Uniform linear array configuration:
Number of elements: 8
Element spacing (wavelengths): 0.75
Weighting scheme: cosine
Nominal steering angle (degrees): -15
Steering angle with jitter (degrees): -14.006
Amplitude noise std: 0.05
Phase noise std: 0.05

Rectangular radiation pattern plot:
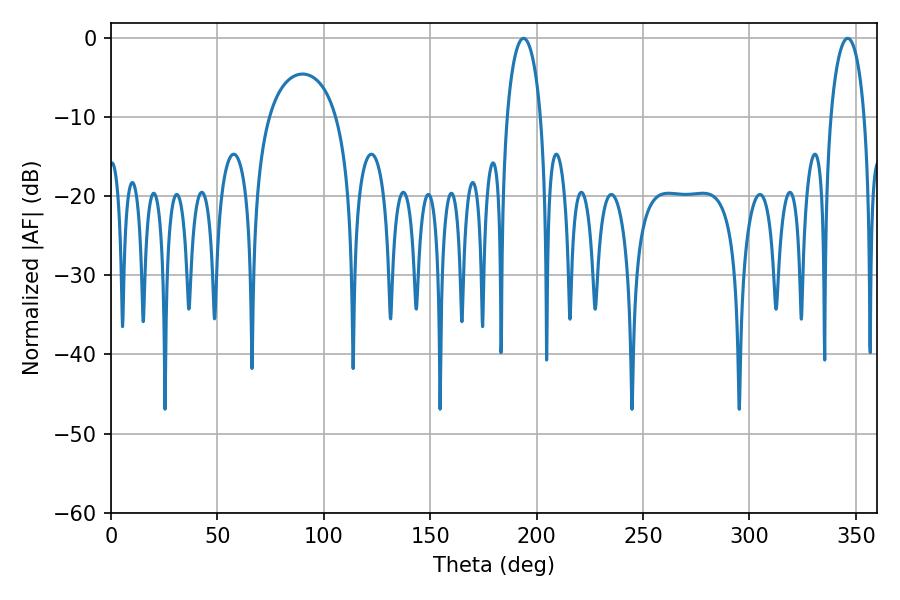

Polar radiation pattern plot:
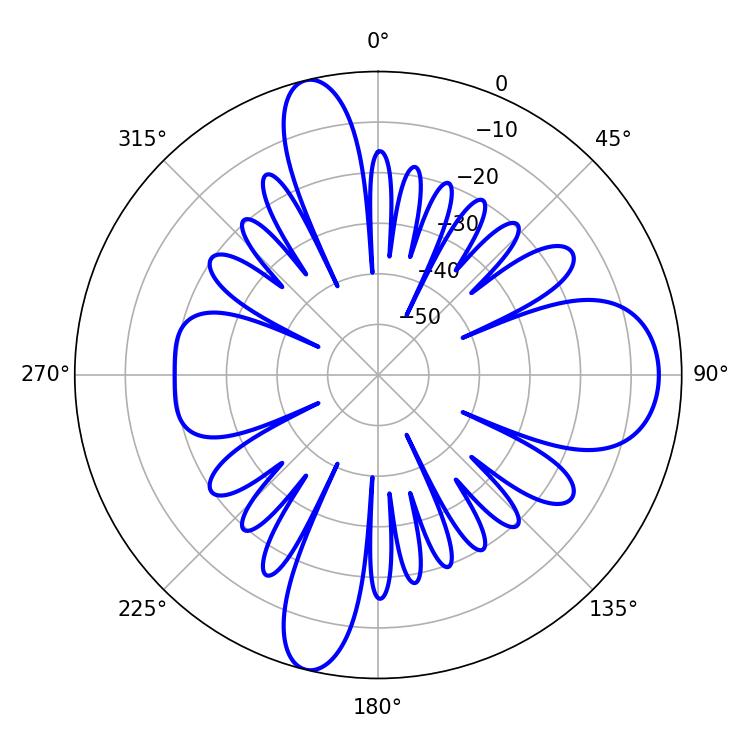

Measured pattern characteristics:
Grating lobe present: TRUE
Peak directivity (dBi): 14.691
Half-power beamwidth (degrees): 9
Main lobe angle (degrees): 193.86